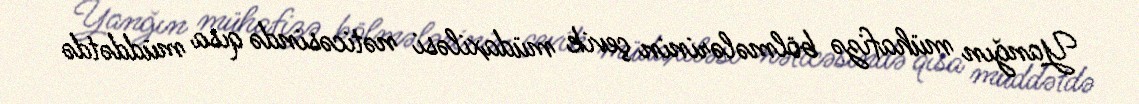
Yanğın mühafizə bölmələrinin çevik müdaxiləsi nəticəsində qısa müddətdə